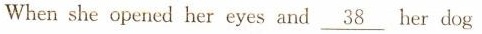
When she opened her eyes and \underline{38} her dog